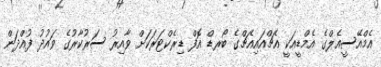
އެމްއޭސީއެލްގެ އެމްޑީއަކީ އެޗްއައިއެޗްގެ ބޯރޑް އޮފް ޑިރެކްޓަރަކަށް ވާއިރު ސަރުކާރުގެ ވައުދު ފުއްދަން